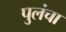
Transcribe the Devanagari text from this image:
पुलंचा